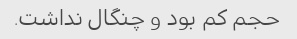
حجم کم بود و چنگال نداشت.